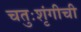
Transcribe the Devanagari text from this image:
चतुःशृंगीची